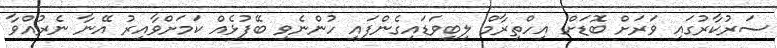
ސަރުކާރުގައި ވަރަށް ބޮޑަށް އިހްތިރާމް ލިބިވަޑައިގެންފައި ހުންނެވި ބޭފުޅެއް ކަމަށްވާއިރު އޭނާ ނެރުއްވާ